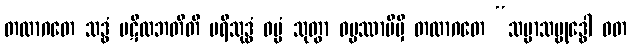
တထာဂတေ သဒ္ဓံ ပဋိလဘတီတိ ပရိသုဒ္ဓံ ဓမ္မံ သုတွာ ဓမ္မဿာမိမှိ တထာဂတေ “သမ္မာသမ္ဗုဒ္ဓေါ ဝတ